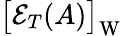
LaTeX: \big[\mathcal E_{T}(A)\big]_{\mathrm{W}}